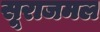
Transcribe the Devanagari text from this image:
सूराजमल